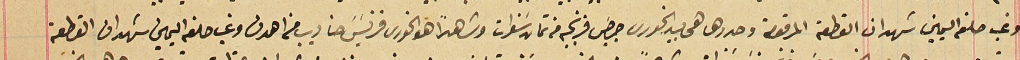
وغب حلفه اليمين شهد ان القطعة المرقومة وحددها هي بيد الخورى جرجسَ فرنجيه من تمان سَنوات وشاهداً هو الخورى فرنسَيسَ حنا ديب من اهدن وغب حلفه اليمين شهد ان القطعة